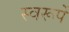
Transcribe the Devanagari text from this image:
स्वरूपें